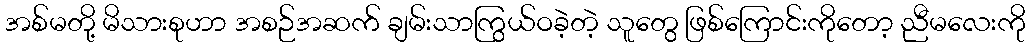
အစ်မတို့ မိသားစုဟာ အစဉ်အဆက် ချမ်းသာကြွယ်ဝခဲ့တဲ့ သူတွေ ဖြစ်ကြောင်းကိုတော့ ညီမလေးကို